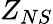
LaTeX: Z_{NS}